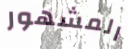
المشهور